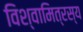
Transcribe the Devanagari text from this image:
विश्वामित्रस्य